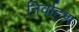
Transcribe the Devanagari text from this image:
निर्वाहण